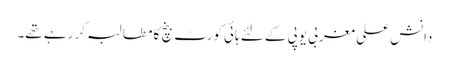
دانش علی مغربی یوپی کے لئے ہائی کورٹ بنچ کا مطالبہ کر رہے تھے۔